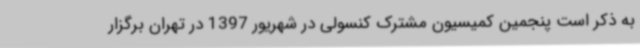
به ذکر است پنجمین کمیسیون مشترک کنسولی در شهریور 1397 در تهران برگزار